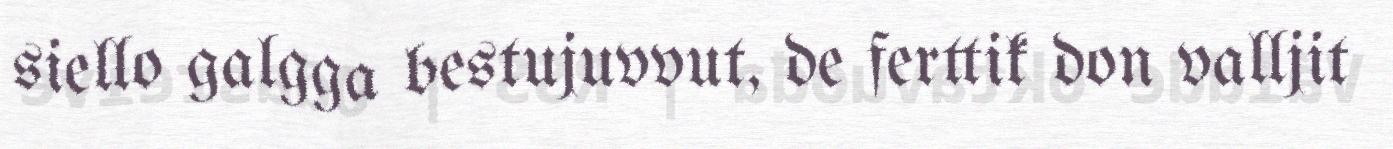
siello galgga bestujuvvut, de ferttik don valljit